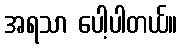
အရသာ ပေါ့ပါတယ်။